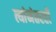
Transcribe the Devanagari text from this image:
त्यांनंतरही